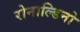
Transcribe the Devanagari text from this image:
रोनाल्डिनो